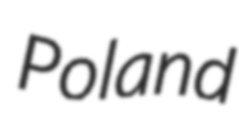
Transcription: Poland